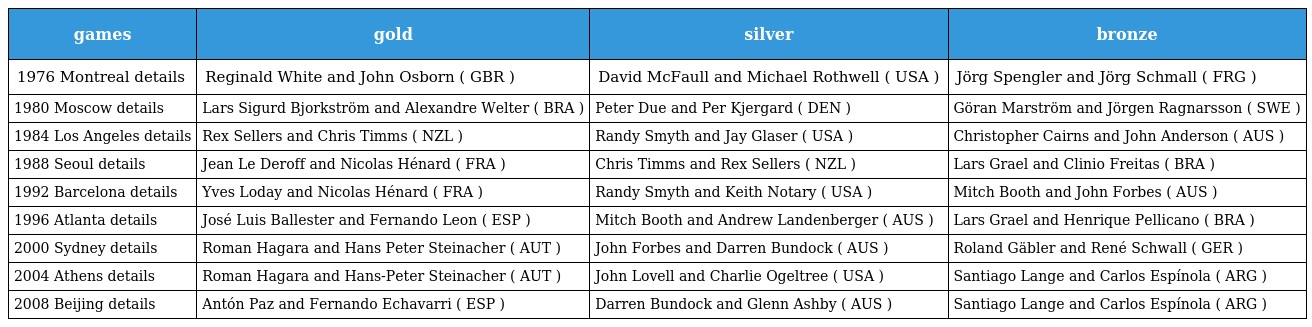
| games | gold | silver | bronze |
 | --- | --- | --- | --- |
 | 1976 Montreal details | Reginald White and John Osborn ( GBR ) | David McFaull and Michael Rothwell ( USA ) | Jörg Spengler and Jörg Schmall ( FRG ) |
 | 1980 Moscow details | Lars Sigurd Bjorkström and Alexandre Welter ( BRA ) | Peter Due and Per Kjergard ( DEN ) | Göran Marström and Jörgen Ragnarsson ( SWE ) |
 | 1984 Los Angeles details | Rex Sellers and Chris Timms ( NZL ) | Randy Smyth and Jay Glaser ( USA ) | Christopher Cairns and John Anderson ( AUS ) |
 | 1988 Seoul details | Jean Le Deroff and Nicolas Hénard ( FRA ) | Chris Timms and Rex Sellers ( NZL ) | Lars Grael and Clinio Freitas ( BRA ) |
 | 1992 Barcelona details | Yves Loday and Nicolas Hénard ( FRA ) | Randy Smyth and Keith Notary ( USA ) | Mitch Booth and John Forbes ( AUS ) |
 | 1996 Atlanta details | José Luis Ballester and Fernando Leon ( ESP ) | Mitch Booth and Andrew Landenberger ( AUS ) | Lars Grael and Henrique Pellicano ( BRA ) |
 | 2000 Sydney details | Roman Hagara and Hans Peter Steinacher ( AUT ) | John Forbes and Darren Bundock ( AUS ) | Roland Gäbler and René Schwall ( GER ) |
 | 2004 Athens details | Roman Hagara and Hans-Peter Steinacher ( AUT ) | John Lovell and Charlie Ogeltree ( USA ) | Santiago Lange and Carlos Espínola ( ARG ) |
 | 2008 Beijing details | Antón Paz and Fernando Echavarri ( ESP ) | Darren Bundock and Glenn Ashby ( AUS ) | Santiago Lange and Carlos Espínola ( ARG ) |